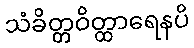
သံခိတ္တဝိတ္ထာရေနပိ